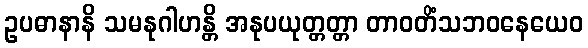
ဥပဓာနာနိ သမနုဂါဟန္တိ အနုပယုတ္တတ္တာ တာဝတိံသဘဝနေယေဝ